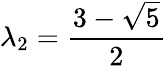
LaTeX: \lambda_{2}={\frac{3-{\sqrt{5}}}{2}}